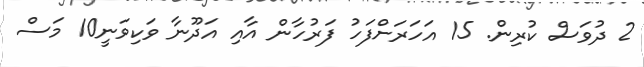
2 ދުވަސް ކުރިން. 15 އަހަރަށްފަހު ފަރުހާން އާއި އަދޫނާ ވަކިވަނީ10 މަސް